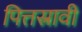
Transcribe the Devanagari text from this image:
पित्तस्रावी